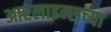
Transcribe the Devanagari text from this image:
आरलाइन्सच्या